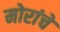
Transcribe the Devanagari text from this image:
मोरांचे